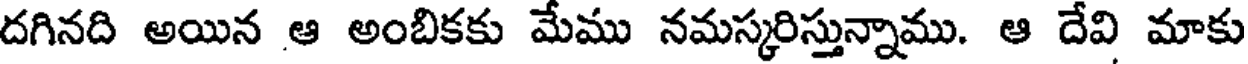
దగినది అయిన ఆ అంబికకు మేము నమస్కరిస్తున్నాము. ఆ దేవి మాకు